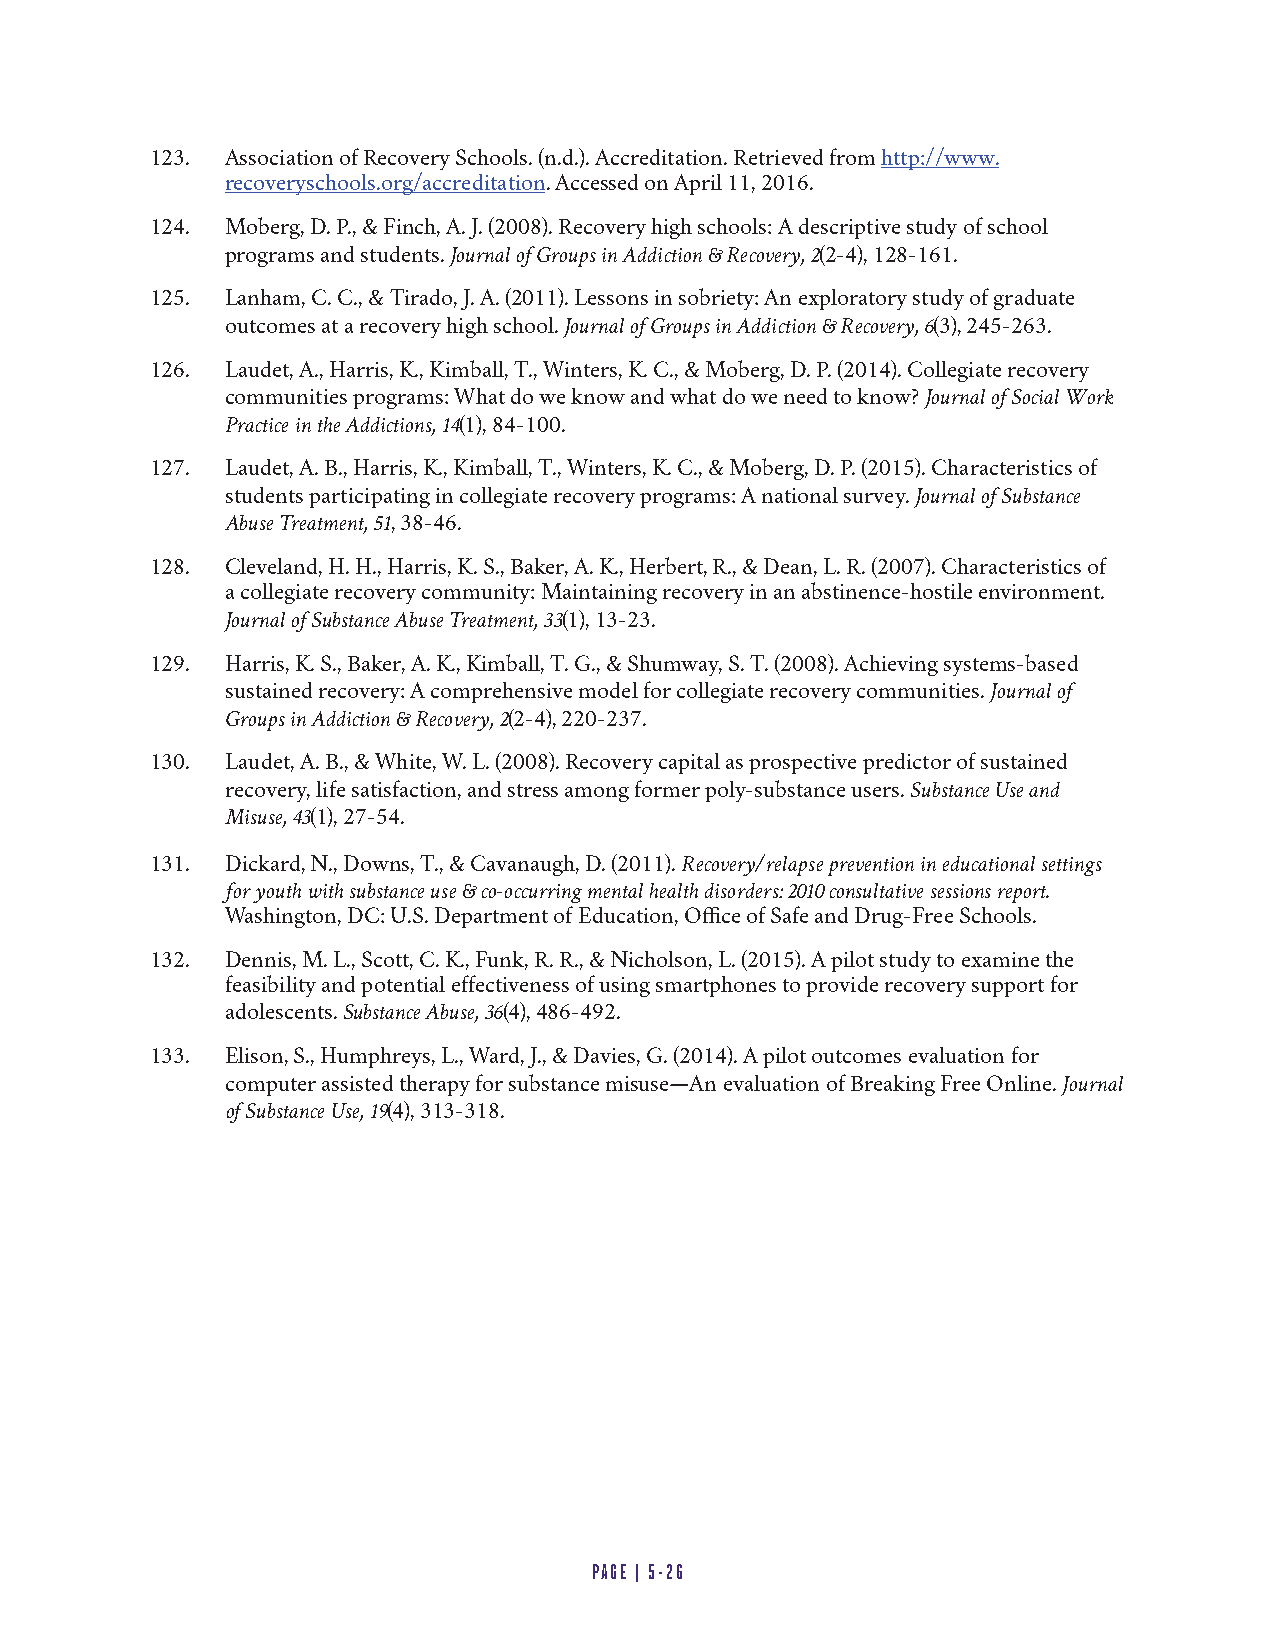
123. Association of Recovery Schools. (n.d.). Accreditation. Retrieved from http://www.
 recoveryschools.org/accreditation. Accessed on April 11, 2016.
 124. Moberg, D. P., & Finch, A. J. (2008). Recovery high schools: A descriptive study of school
 programs and students. Journal of Groups in Addiction & Recovery, 2(2-4), 128-161.
 125. Lanham, C. C., & Tirado, J. A. (2011). Lessons in sobriety: An exploratory study of graduate
 outcomes at a recovery high school. Journal of Groups in Addiction & Recovery, 6(3), 245-263.
 126. Laudet, A., Harris, K., Kimball, T., Winters, K. C., & Moberg, D. P. (2014). Collegiate recovery
 communities programs: What do we know and what do we need to know? Journal of Social Work
 Practice in the Addictions, 14(1), 84-100.
 127. Laudet, A. B., Harris, K., Kimball, T., Winters, K. C., & Moberg, D. P. (2015). Characteristics of
 students participating in collegiate recovery programs: A national survey. Journal of Substance
 Abuse Treatment, 51, 38-46.
 128. Cleveland, H. H., Harris, K. S., Baker, A. K., Herbert, R., & Dean, L. R. (2007). Characteristics of
 a collegiate recovery community: Maintaining recovery in an abstinence-hostile environment.
 Journal of Substance Abuse Treatment, 33(1), 13-23.
 129. Harris, K. S., Baker, A. K., Kimball, T. G., & Shumway, S. T. (2008). Achieving systems-based
 sustained recovery: A comprehensive model for collegiate recovery communities. Journal of
 Groups in Addiction & Recovery, 2(2-4), 220-237.
 130. Laudet, A. B., & White, W. L. (2008). Recovery capital as prospective predictor of sustained
 recovery, life satisfaction, and stress among former poly-substance users. Substance Use and
 Misuse, 43(1), 27-54.
 131. Dickard, N., Downs, T., & Cavanaugh, D. (2011). Recovery/relapse prevention in educational settings
 for youth with substance use & co-occurring mental health disorders: 2010 consultative sessions report.
 Washington, DC: U.S. Department of Education, Office of Safe and Drug-Free Schools.
 132. Dennis, M. L., Scott, C. K., Funk, R. R., & Nicholson, L. (2015). A pilot study to examine the
 feasibility and potential effectiveness of using smartphones to provide recovery support for
 adolescents. Substance Abuse, 36(4), 486-492.
 133. Elison, S., Humphreys, L., Ward, J., & Davies, G. (2014). A pilot outcomes evaluation for
 computer assisted therapy for substance misuse—An evaluation of Breaking Free Online. Journal
 of Substance Use, 19(4), 313-318.
 PAGE | 5-26